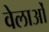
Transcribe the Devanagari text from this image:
वेलाओं